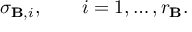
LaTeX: \sigma _ { \mathbf { B } , i } , \qquad i = 1 , \ldots , r _ { \mathbf { B } } .